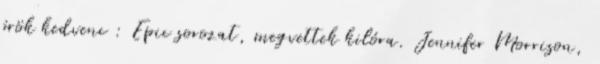
örök kedvenc : Epic sorozat, megvettek kilóra. Jennifer Morrison,